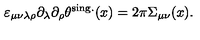
\varepsilon _ { \mu \nu \lambda \rho } \partial _ { \lambda } \partial _ { \rho } \theta ^ { \mathrm { s i n g . } } ( x ) = 2 \pi \Sigma _ { \mu \nu } ( x ) .